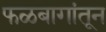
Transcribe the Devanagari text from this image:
फळबागांतून